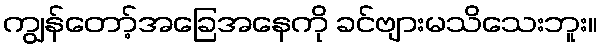
ကျွန်တော့်အခြေအနေကို ခင်ဗျားမသိသေးဘူး။